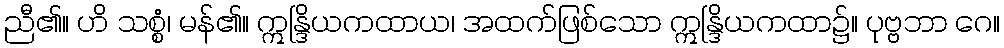
ညီ၏။ ဟိ သစ္စံ၊ မန်၏။ ဣန္ဒြိယကထာယ၊ အထက်ဖြစ်သော ဣန္ဒြိယကထာ၌။ ပုဗ္ဗဘာ ဂေ။